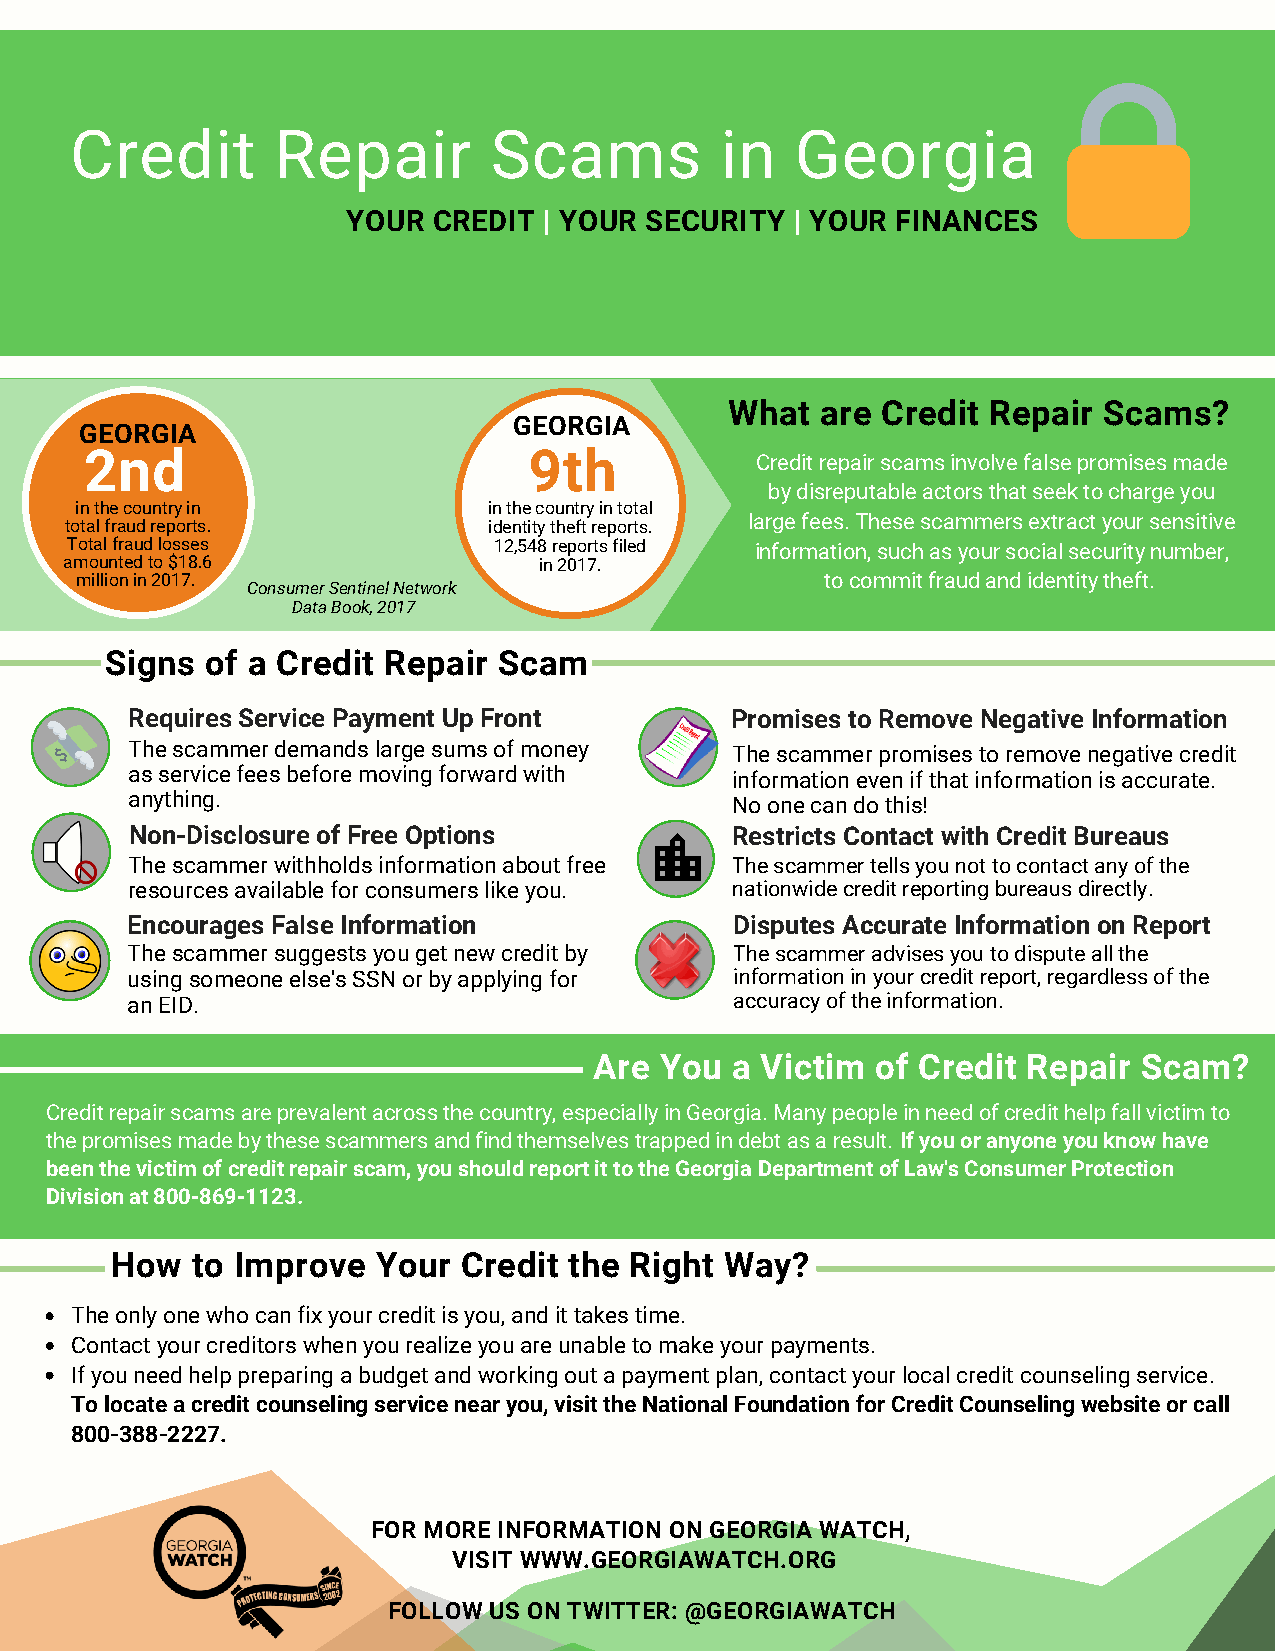
Credit       Repair        Scams           in   Georgia
 YOUR  CREDIT | YOUR SECURITY  | YOUR FINANCES
 What  are Credit Repair  Scams?
 GEORGIA
 GEORGIA
 2nd                          9th            Credit repair scams involve false promises made
 by disreputable actors that seek to charge you
 in the country in          in the country in total
 total fraud reports.        identity theft reports. large fees. These scammers extract your sensitive
 Total fraud losses           12,548 reports filed information, such as your social security number,
 amounted to $18.6               in 2017.
 million in 2017.                                  to commit fraud and identity theft.
 Consumer Sentinel Network
 Data Book, 2017
 Signs  of a Credit Repair Scam
 Requires Service Payment Up Front      Promises to Remove Negative Information
 The scammer demands large sums of money The scammer promises to remove negative credit
 as service fees before moving forward with information even if that information is accurate.
 anything.                               No one can do this!
 Non-Disclosure of Free Options         Restricts Contact with Credit Bureaus
 The scammer withholds information about free The scammer tells you not to contact any of the
 resources available for consumers like you. nationwide credit reporting bureaus directly.
 Encourages False Information             Disputes Accurate Information on Report
 The scammer suggests you get new credit by The scammer advises you to dispute all the
 using someone else's SSN or by applying for information in your credit report, regardless of the
 an EID.                                  accuracy of the information.
 Are  You a Victim  of Credit Repair  Scam?
 Credit repair scams are prevalent across the country, especially in Georgia. Many people in need of credit help fall victim to
 the promises made by these scammers and find themselves trapped in debt as a result. If you or anyone you know have
 been the victim of credit repair scam, you should report it to the Georgia Department of Law's Consumer Protection
 Division at 800-869-1123.
 How   to Improve  Your Credit  the Right Way?
 The only one who can fix your credit is you, and it takes time.
 Contact your creditors when you realize you are unable to make your payments.
 If you need help preparing a budget and working out a payment plan, contact your local credit counseling service.
 To locate a credit counseling service near you, visit the National Foundation for Credit Counseling website or call
 800-388-2227.
 FOR MORE INFORMATION ON GEORGIA WATCH,
 VISIT WWW.GEORGIAWATCH.ORG
 FOLLOW US ON TWITTER: @GEORGIAWATCH